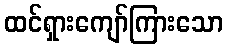
ထင်ရှားကျော်ကြားသော